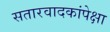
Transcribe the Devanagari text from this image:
सतारवादकांपेक्षा